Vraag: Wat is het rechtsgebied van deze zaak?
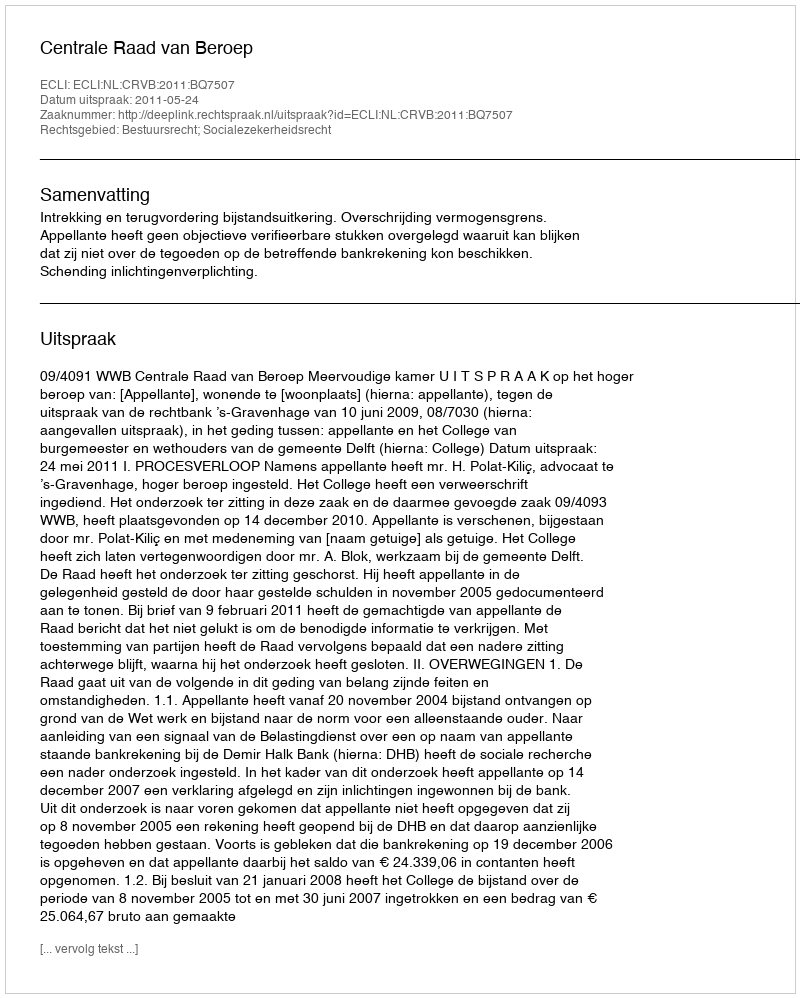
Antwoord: Bestuursrecht; Socialezekerheidsrecht